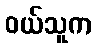
ဝယ်သူက